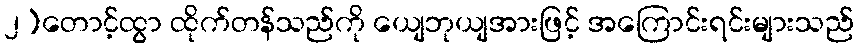
၂)တောင့်ထွာ ထိုက်တန်သည်ကို ယျေဘုယျအားဖြင့် အကြောင်းရင်းများသည်